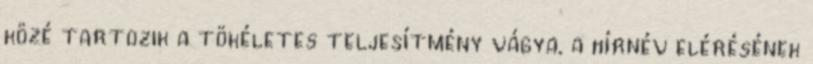
közé tartozik a tökéletes teljesítmény vágya, a hírnév elérésének